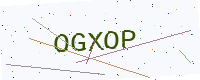
Text: OGXOP